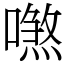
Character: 𠿼